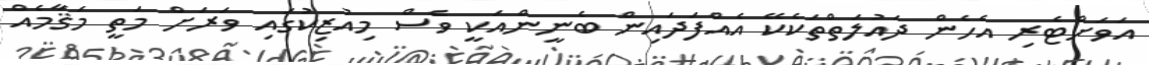
އަވަށްޓެރި އެހެން ދައުލަތްތަކެކޭ އެއްފަދައިން ބެނީންއަކީ ވެސް މިއުޒިކުގައި ވަރަށް މަތީ މަޤާމެއް